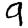
Digit: 9